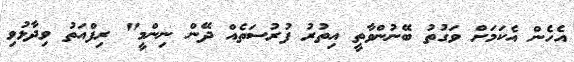
އެހެން އެކަމަށް ވަގުތު ބޭނުންވާތީ އިތުރު ފުރުސަތެއް ދޭން ނިންމީ" ރިފްއަތު ވިދާޅުވި